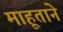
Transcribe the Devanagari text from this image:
माहूताने